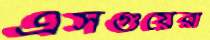
এসগুয়েরা